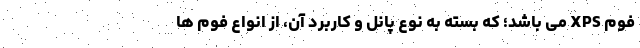
فوم XPS می باشد؛ که بسته به نوع پانل و کاربرد آن، از انواع فوم ها